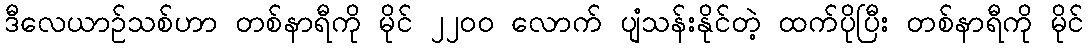
ဒီလေယာဉ်သစ်ဟာ တစ်နာရီကို မိုင် ၂၂၀၀ လောက် ပျံသန်းနိုင်တဲ့ ထက်ပိုပြီး တစ်နာရီကို မိုင်